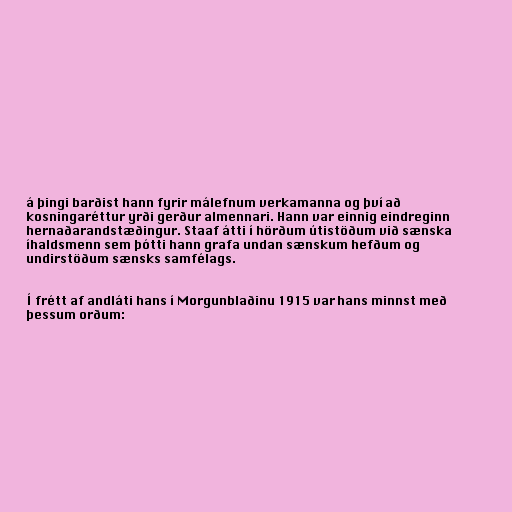
á þingi barðist hann fyrir málefnum verkamanna og því að
kosningaréttur yrði gerður almennari. Hann var einnig eindreginn
hernaðarandstæðingur. Staaf átti í hörðum útistöðum við sænska
íhaldsmenn sem þótti hann grafa undan sænskum hefðum og
undirstöðum sænsks samfélags.

Í frétt af andláti hans í Morgunblaðinu 1915 var hans minnst með
þessum orðum: